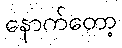
နောက်တော့